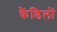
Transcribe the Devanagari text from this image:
कैंडिलों